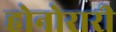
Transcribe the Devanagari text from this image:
होनोरारी